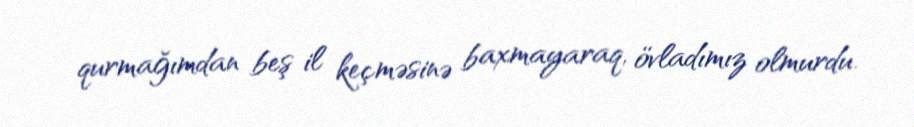
qurmağımdan beş il keçməsinə baxmayaraq, övladımız olmurdu.